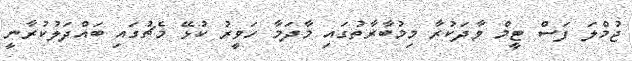
ޖުމްލަ ފަސް ޓީމް ވާދަކުރާ މިމުބާރާތުގައި މާދަމާ ހަވީރު ކުޅޭ މެޗުގައި ބައްދަލުކުރާނީ